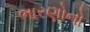
ભારણોનો